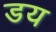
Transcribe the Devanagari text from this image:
डय